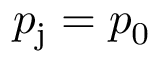
p _ { \mathrm { j } } = p _ { \mathrm { 0 } }